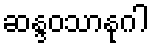
ဆန္ဒဝသာနုဂါ